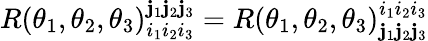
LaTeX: R(\theta_{1},\theta_{2},\theta_{3})_{i_{1}i_{2}i_{3}}^{\mathbf{j}_{1}\mathbf{j}_{2}\mathbf{j}_{3}}=R(\theta_{1},\theta_{2},\theta_{3})_{\mathbf{j}_{1}\mathbf{j}_{2}\mathbf{j}_{3}}^{i_{1}i_{2}i_{3}}